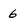
Character: 6